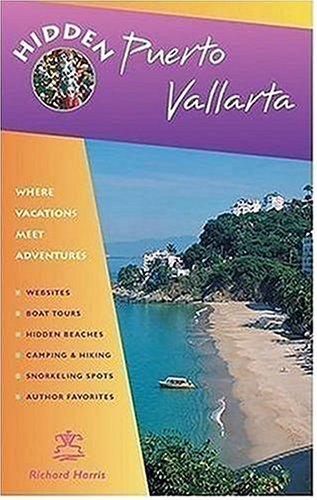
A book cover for Hidden Puerto Vallarta: Including the Bahia de Banderas and Sierra Madre Mountains (Hidden Travel); Richard Harris; Travel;